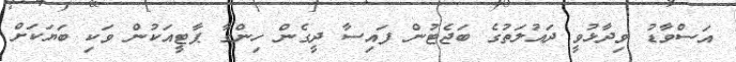
އަސްވާޑު ވިދާޅުވީ ދައުލަތުގެ ބަޖެޓުން ފައިސާ ދީގެން ހިންގާ ޕާޓީއަކުން ވަކި ބަޔަކަށް